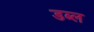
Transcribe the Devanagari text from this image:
डब्ल